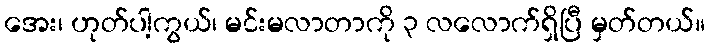
အေး၊ ဟုတ်ပါ့ကွယ်၊ မင်းမလာတာကို ၃ လလောက်ရှိပြီ မှတ်တယ်။